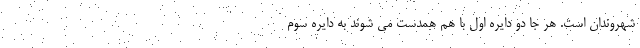
شهروندان است. هر جا دو دایره اول با هم همدست می شوند به دایره سوم